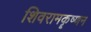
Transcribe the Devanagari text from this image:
शिवरामकॄष्णन